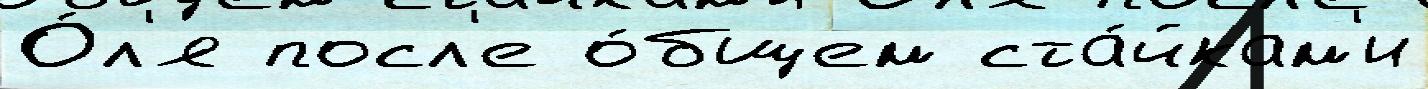
О́л'я посл'е о́бщем ста́йкам'и